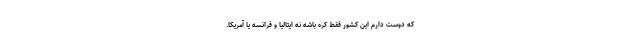
که دوست دارم این کشور فقط کره باشه نه ایتالیا و فرانسه یا آمریکا.